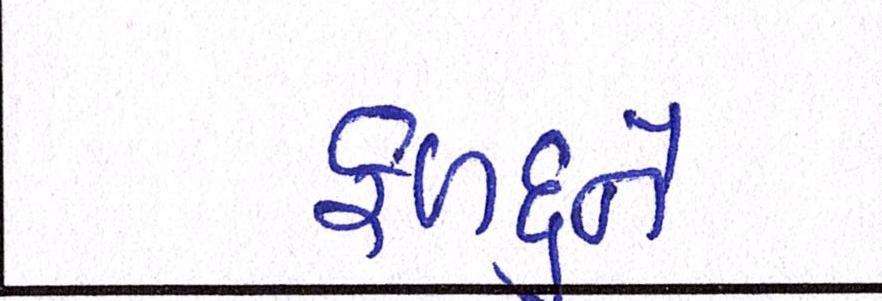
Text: ફળદુને